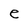
Character: e